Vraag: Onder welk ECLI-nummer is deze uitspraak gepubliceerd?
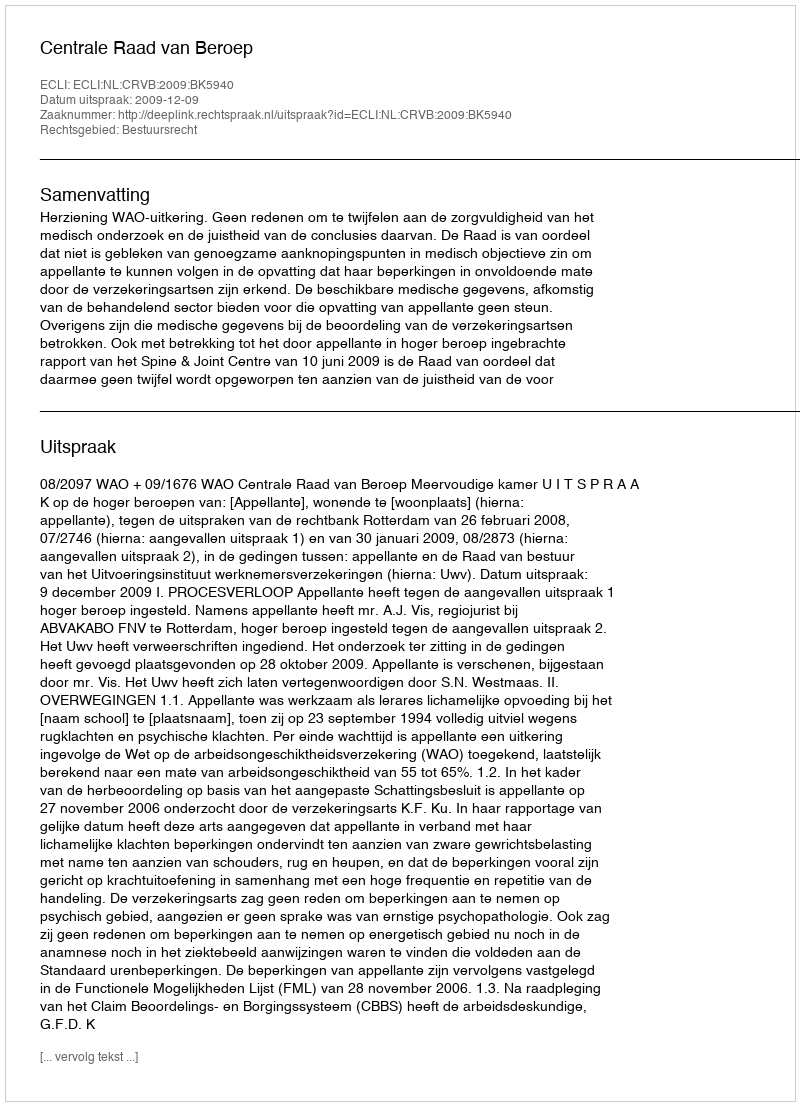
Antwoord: ECLI:NL:CRVB:2009:BK5940